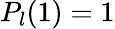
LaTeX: P_{l}(1)=1